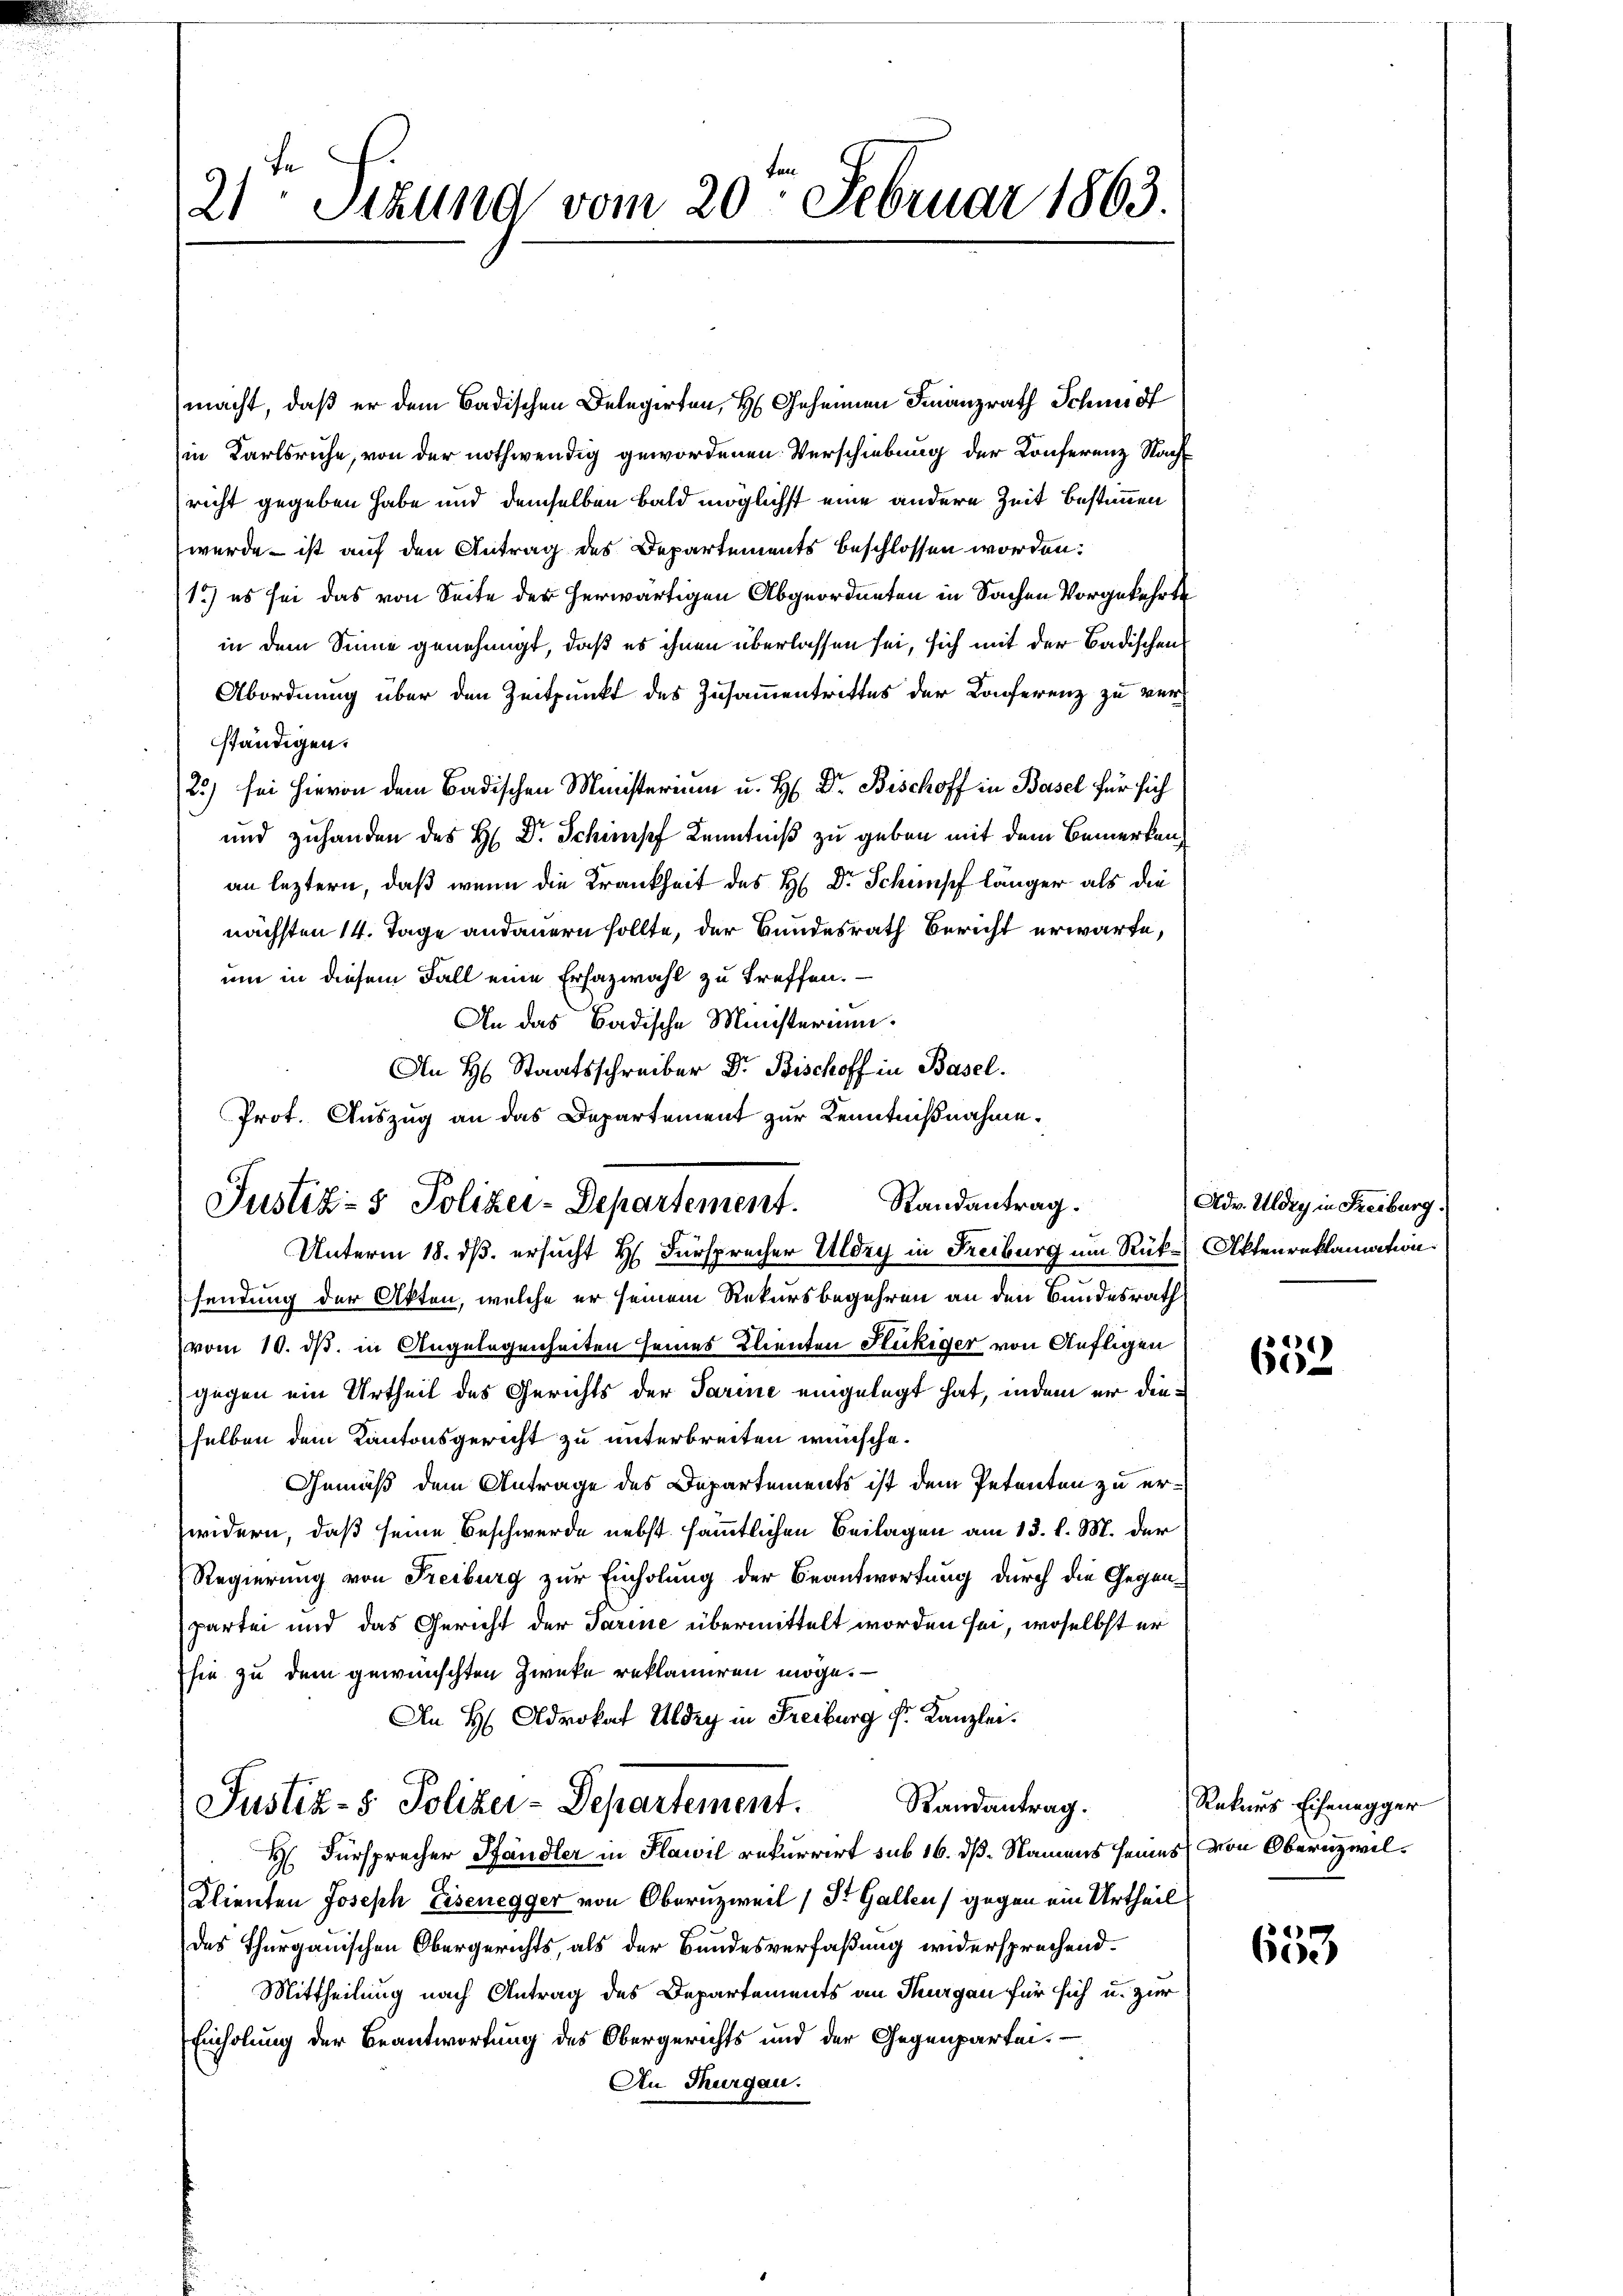
21 Sitzung vom 20. Februar 1863.

macht, daß er dem Badischen Delegerten, H. Geheimen Finanzrath Schmidt
in Karlsruhe, von der nothwendig gewordenen Verschiebung der Conferenz Nachricht gegeben habe und demselben bald möglichst eine andere Zeit bestimmen
wurde ist auf den Antrag des Departements beschlossen worden:
(1.) es sei das von Seite der herwärtigen Abgeordneten in Sachen Vorgekehrte
in dem Sinne genehmigt, daß es ihnen überlassen sei, sich mit der Badischen
Abordnung über den Zeitpunkt des Zusammentrittes der Conferenz zu verständigen.
23) sei hievon dem Badischen Ministerium u. H. Dr. Bischoff in Basel für sich
und zuhanden des H. Dr. Schimpf Kenntniß zu geben mit dem Bemerken,
an leztern, daß wenn die Krankheit des H. Dr Schimpf länger als die
nächsten 14. Tage andauern sollte, der Bundesrath Bericht erwarte,
um in diesem Fall eine Erhazwahl zu treffen.
An das Badische Ministerium.
An H. Staatsschreiber Dr. Bischoff in Basel.
Prot. Auszug an das Departement zur Kenntnißnahme.

Randantrag.
Justiz- & Polizei-Departement.
Unterm 18. ds. ersucht H. Fürsprecher Uldig in Freiburg um Rück- Aktenreklamation.

sendung der Akten, welche er seinem Rekursbegehren an den Bundesrath
vom 10. ds. in Angelegenheiten seines Klienten Stuckiger von Aufligen
gegen ein Urtheil des Gerichts der Parine eingelegt hat, indem er dieselben dem Kantonsgericht zu unterbreiten wünsche.
Gemäß dem Antrage des Departements ist dem Petenten zu erwidern, daß seine Beschwerde nebst sämmtlichen Beilagen am 13. l. M. der
Regierung von Freiburg zur Einholung der Beantwortung durch die Gegenpartei und das Gericht der Tarine übermittelt worden sei, woselbst er
sie zu dem gewünschten Zwecke reklamieren möge. —
An H Advokat Uldry in Freiburg fr. Kanzlei.
Justiz- & Polizei-Departement. Randantrag.
H Fürsprecher Pfandler in Plawil rekurrirt sub 16. dß. Namens seines von Obernzwil¬
Klienten Joseph Eisenegger von Oberuzweil (Dr. Gallen) gegen ein Urtheil
des Thurgauischen Obergerichts, als der Bundesverfaßung widersprechend¬
Mittheilung nach Antrag des Departements an Thurgau für sich u. zur
Einholung der Beantwortung des Obergerichts und der Gegenpartei
An Thurgau.

Adv. Uldry in Freiburg.

§ 238 x
60

Rekurs Eisenegger

653